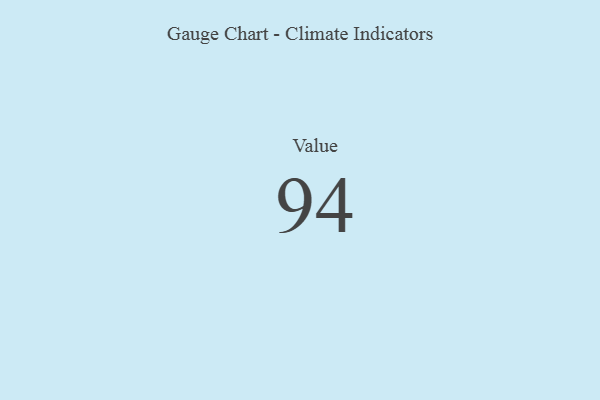
{"axis": {"x": "Metric", "y": "Value"}, "legend": [""], "data": [{"x": "Value", "y": 94, "type": ""}]}